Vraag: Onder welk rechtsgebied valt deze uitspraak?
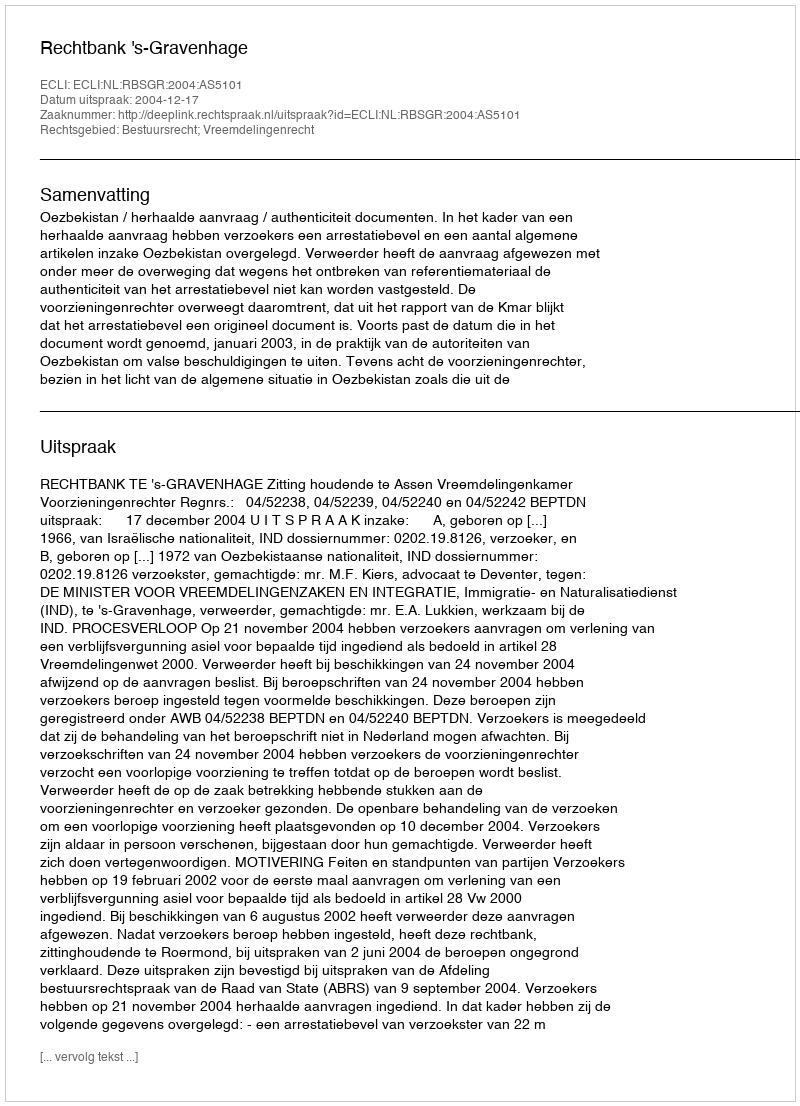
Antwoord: Bestuursrecht; Vreemdelingenrecht